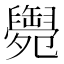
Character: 𦦩